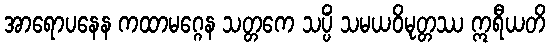
အာရောပနေန ကထာမဂ္ဂေန သတ္တကေ သပ္ပိံ သမယဝိမုတ္တဿ ဣရီယတိ